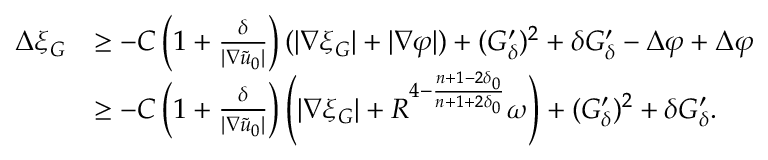
\begin{array} { r l } { \Delta \xi _ { G } } & { \geq - C \left( 1 + \frac { \delta } { | \nabla \tilde { u } _ { 0 } | } \right) ( | \nabla \xi _ { G } | + | \nabla \varphi | ) + ( G _ { \delta } ^ { \prime } ) ^ { 2 } + \delta G _ { \delta } ^ { \prime } - \Delta \varphi + \Delta \varphi } \\ & { \geq - C \left( 1 + \frac { \delta } { | \nabla \tilde { u } _ { 0 } | } \right) \left( | \nabla \xi _ { G } | + R ^ { 4 - \frac { n + 1 - 2 \delta _ { 0 } } { n + 1 + 2 \delta _ { 0 } } } \omega \right) + ( G _ { \delta } ^ { \prime } ) ^ { 2 } + \delta G _ { \delta } ^ { \prime } . } \end{array}